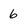
Character: 6